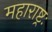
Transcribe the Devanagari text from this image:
महाराष्ट्रः